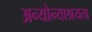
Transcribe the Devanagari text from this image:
अन्योन्याश्रयता